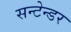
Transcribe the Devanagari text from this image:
सन्टेन्डर